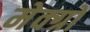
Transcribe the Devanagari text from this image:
मेक्ग्रो